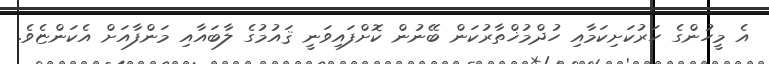
އެ މީހުންގެ ހަރުކަށިކަމާއި ހުދްމުޚްތާރުކަން ބޭނުން ކޮށްފައިވަނީ ޤައުމުގެ ލާބައާއި މަންފާއަށް އެކަންޏެވެ.